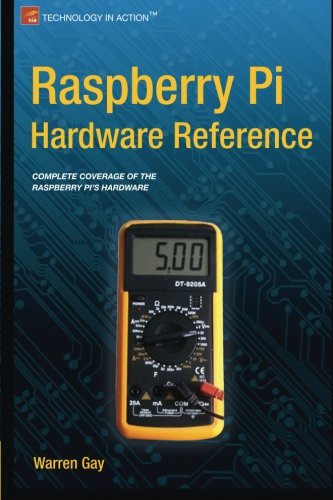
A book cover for Raspberry Pi Hardware Reference; Warren Gay; Computers & Technology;